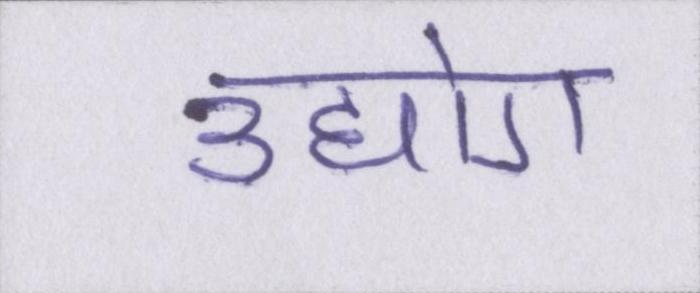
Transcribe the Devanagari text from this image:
उद्योग